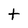
Character: t